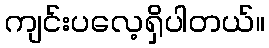
ကျင်းပလေ့ရှိပါတယ်။